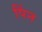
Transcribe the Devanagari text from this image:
पिंन